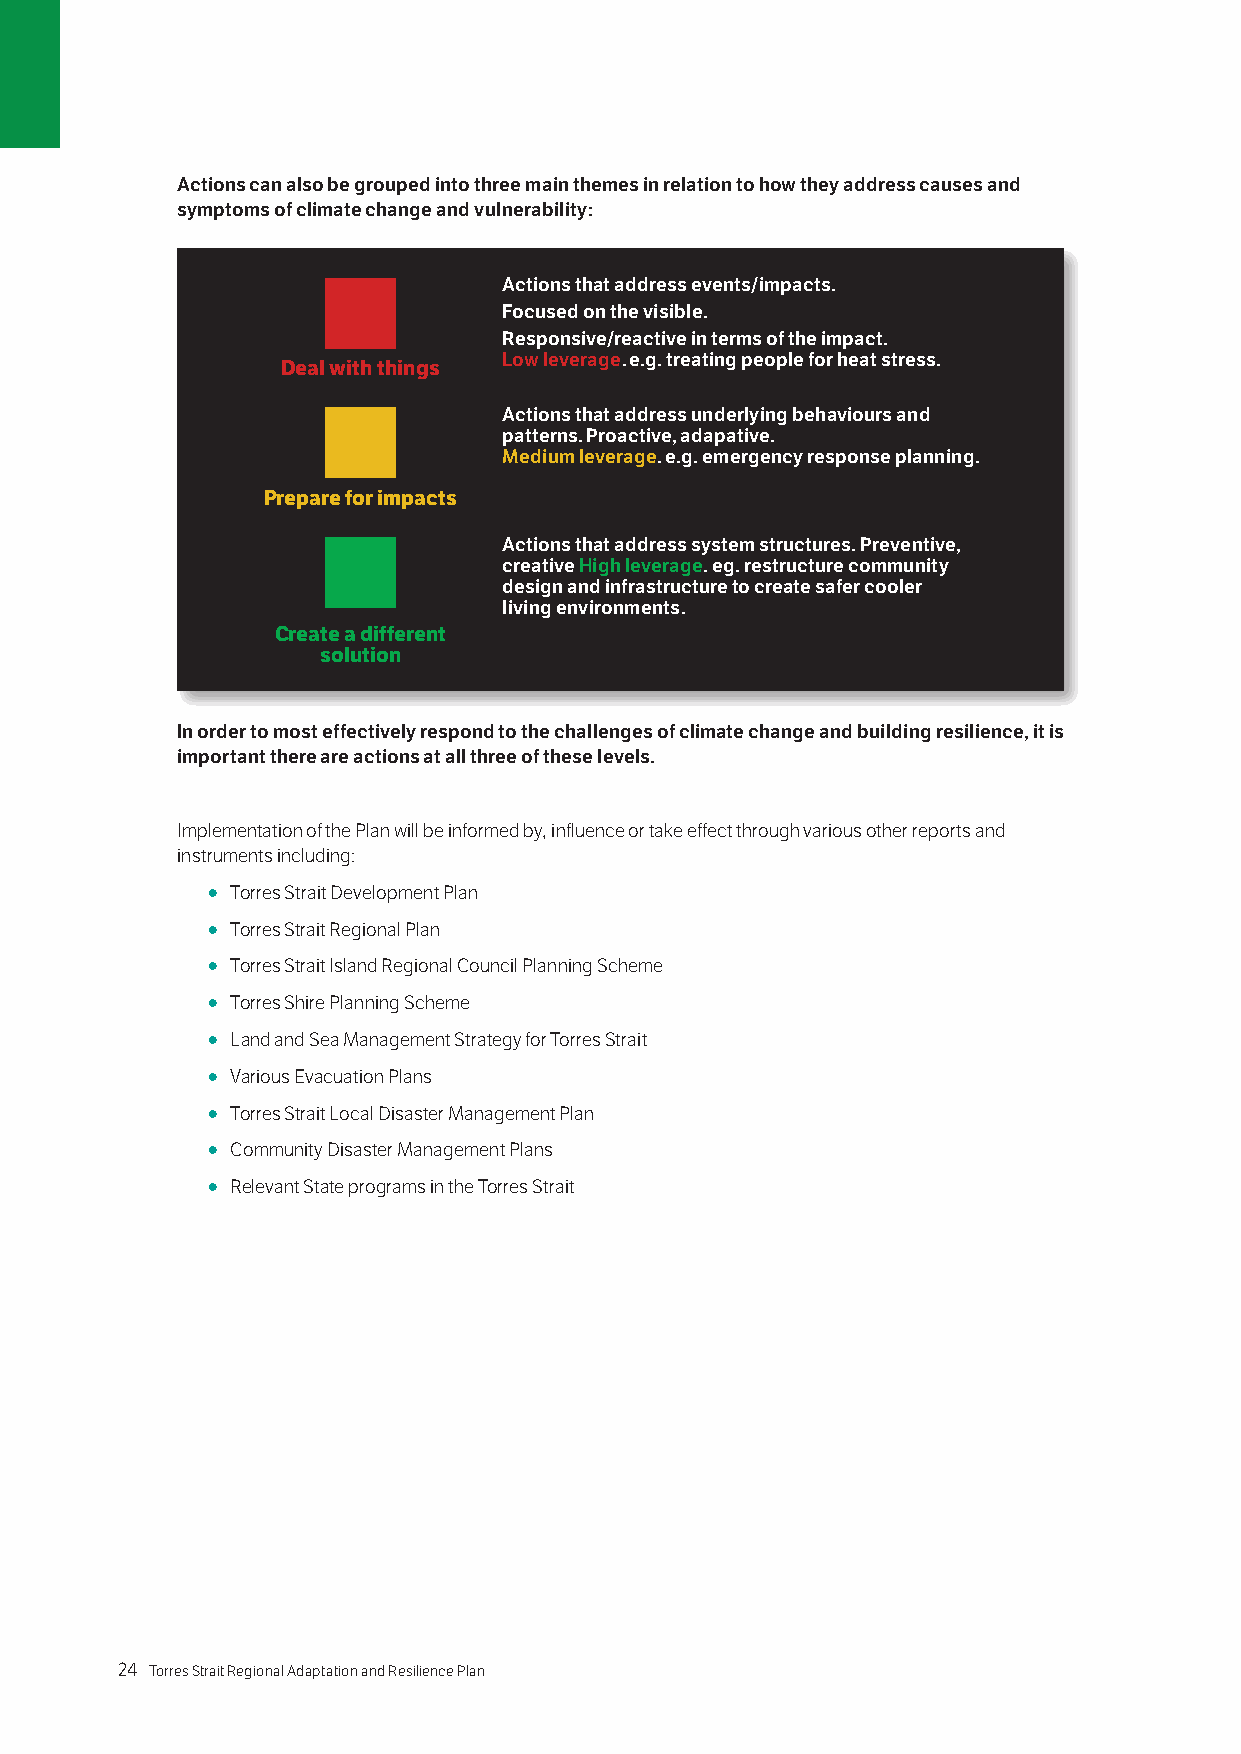
Actions can also be grouped into three main themes in relation to how they address causes and
 symptoms of climate change and vulnerability:
 Actions that address events/impacts.
 Focused on the visible.
 Responsive/reactive in terms of the impact.
 Low leverage. e.g. treating people for heat stress.
 Deal with things
 Actions that address underlying behaviours and
 patterns. Proactive, adapative.
 Medium leverage. e.g. emergency response planning.
 Prepare for impacts
 Actions that address system structures. Preventive,
 creative High leverage. eg. restructure community
 design and infrastructure to create safer cooler
 living environments.
 Create a different
 solution
 In order to most effectively respond to the challenges of climate change and building resilience, it is
 important there are actions at all three of these levels.
 Implementation of the Plan will be informed by, influence or take effect through various other reports and
 instruments including:
 ○ Torres Strait Development Plan
 ○ Torres Strait Regional Plan
 ○ Torres Strait Island Regional Council Planning Scheme
 ○ Torres Shire Planning Scheme
 ○ Land and Sea Management Strategy for Torres Strait
 ○ Various Evacuation Plans
 ○ Torres Strait Local Disaster Management Plan
 ○ Community Disaster Management Plans
 ○ Relevant State programs in the Torres Strait
 24 Torres Strait Regional Adaptation and Resilience Plan